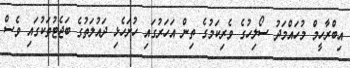
އިބްރާހީމް މުހައްމަދު ސޯލިހުގެ ވެރިކަމުގެ ތިން އަހަރުގައި ހުށަހެޅި ދައުލަތުގެ ބަޖެޓުތަކުގައި ވެސް